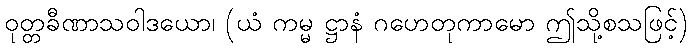
ဝုတ္တခီဏာသဝါဒယော၊ (ယံ ကမ္မ ဋ္ဌာနံ ဂဟေတုကာမော ဤသို့စသဖြင့်)